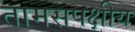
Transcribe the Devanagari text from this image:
तामसपक्षीय